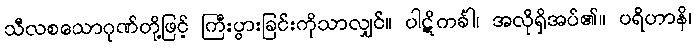
သီလစသောဂုဏ်တို့ဖြင့် ကြီးပွားခြင်းကိုသာလျှင်။ ပါဋိကင်္ခါ၊ အလိုရှိအပ်၏။ ပရိဟာနိ၊